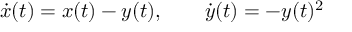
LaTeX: { \dot { x } } ( t ) = x ( t ) - y ( t ) , \qquad { \dot { y } } ( t ) = - y ( t ) ^ { 2 }